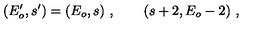
( E _ { o } ^ { \prime } , s ^ { \prime } ) = ( E _ { o } , s ) \ , \qquad ( s + 2 , E _ { o } - 2 ) \ ,